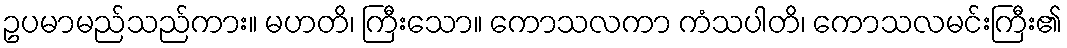
ဥပမာမည်သည်ကား။ မဟတိ၊ ကြီးသော။ ကောသလကာ ကံသပါတိ၊ ကောသလမင်းကြီး၏